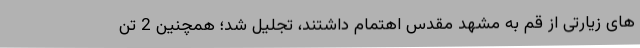
های زیارتی از قم به مشهد مقدس اهتمام داشتند، تجلیل شد؛ همچنین 2 تن